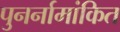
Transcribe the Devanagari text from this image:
पुनर्नामांकित